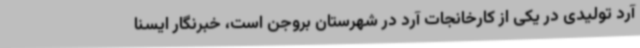
آرد تولیدی در یکی از کارخانجات آرد در شهرستان بروجن است، خبرنگار ایسنا